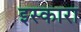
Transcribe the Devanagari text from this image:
इस्कारा